Problem: 35 + 41 = ?
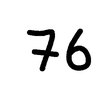
Handwritten answer: 76